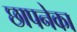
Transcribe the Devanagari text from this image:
छापनेका